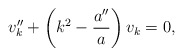
\begin{align*}v_k'' + \left(k^2 - {\frac{a''}{a}}\right) v_k = 0,\end{align*}